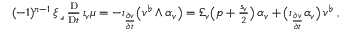
\begin{array} { r } { ( - 1 ) ^ { n - 1 } \, \xi \, \lrcorner \, \frac { \mathrm { D } } { \mathrm { D } t } \, \iota _ { v } \mu = - \iota _ { \frac { \partial v } { \partial t } } \big ( v ^ { \flat } \wedge \alpha _ { v } \big ) = \pounds _ { v } \big ( p + \frac { s _ { v } } { 2 } \big ) \, \alpha _ { v } + \big ( \iota _ { \frac { \partial v } { \partial t } } \alpha _ { v } \big ) \, v ^ { \flat } \ , } \end{array}